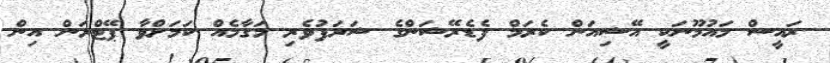
ރައީސް މައުމޫނަކީ އޭޝިއަން ކެރަމް ފެޑެރޭޝަންގެ ޝަރަފުވެރި މަގާމެއް ކަމަށްވާ ޕޭޓްރަން އިން